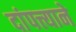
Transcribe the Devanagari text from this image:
दांपत्त्याने